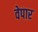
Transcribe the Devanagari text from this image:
वेपार